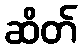
ဆိတ်